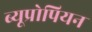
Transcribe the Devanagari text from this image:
ब्यूप्रोपियन